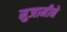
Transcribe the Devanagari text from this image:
मुजामीने